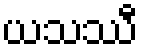
ယသဿီ